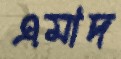
এমাদ